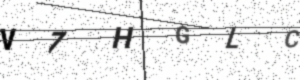
Text: V7HGLC